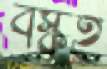
বস্কই